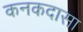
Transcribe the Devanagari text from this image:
कनकदासा